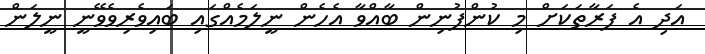
އަދި އެ ފަރާތަކަށް މި ކުންފުނިން ބާއްވާ އެހެން ނީލަމެއްގައި ބައިވެރިވެވޭނީ ނީލަން